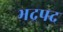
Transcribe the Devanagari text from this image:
भद्रपद